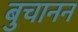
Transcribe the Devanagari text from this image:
बुचानन